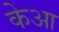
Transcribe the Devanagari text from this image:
केआ